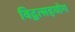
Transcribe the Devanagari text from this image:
विद्वत्सहयोग